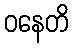
ဝနေတိ